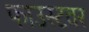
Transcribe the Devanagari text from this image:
फाउस्टवर